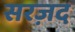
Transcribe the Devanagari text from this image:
सरज़द